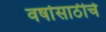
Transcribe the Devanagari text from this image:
वर्षासाठीचे